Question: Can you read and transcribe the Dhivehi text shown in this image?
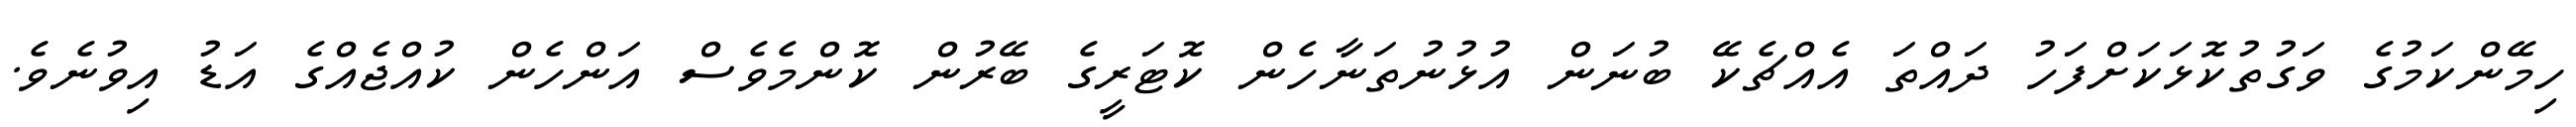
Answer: ހިމޭންކަމުގެ ވަގުތުކޮޅަކަށްފަހު ދައްތަ އެއްޗެކޭ ބުނަން އުޅުނުތަނާހެން ކޮޓަރީގެ ބޭރުން ކޮންމެވެސް އަންހެން ކުއްޖެއްގެ އަޑު އިވުނެވެ.